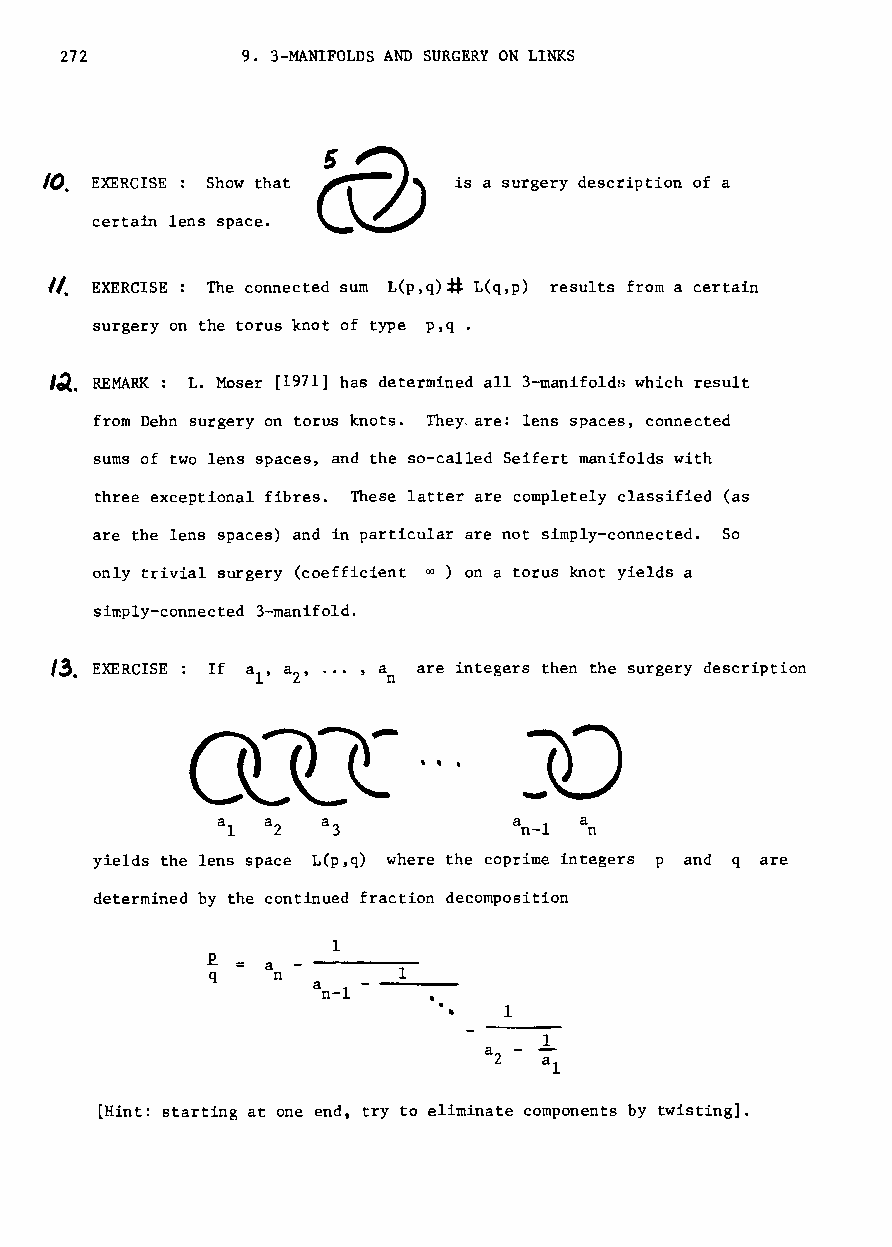
272         9. 3-MANIFOLDS AND SURGERY ON LINKS
 /(). EXERCISE: Show that   is a surgery description of a
 certain lens space.
 Il EXERCISE: The connected sum L(p,q)~ L(q,p) results from a certain
 surgery on the torus knot of type p,q.
 I~. REMARK: L. Moser [1971] has determined all 3-manifoldB which result
 from Dehn surgery on torus knots. They. are: lens spaces, connected
 sums of two lens spaces, and the so-called Seifert manifolds with
 three exceptional fibres. These latter are completely classified (as
 are the lens spaces) and in particular are not simply-connected. So
 only trivial surgery (coefficient 00) on a torus knot yields a
 simply-connected 3-manifold.
 /3. EXERCISE: If aI' a , ... , an are integers then the surgery description
 2
 Q~~                   X)
 , , ,
 a  a   a            a   a
 l  2   3           n-l  n
 yields the lens space L(p,q) where the coprime integers p and q are
 determined by the continued fraction decomposition
 1
 .E. a
 q   n       1
 an-l -
 1
 a
 2
 [Hint: starting at one end try to eliminate components by twisting].
 t